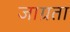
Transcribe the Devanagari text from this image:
जाग्रता